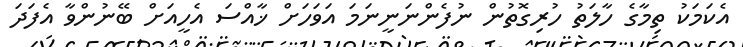
އެކަމަކު ތިމާގެ ހާލަތު ހުރިގޮތުން ނުފެންނަނީނަމަ އަވަހަށް ޚާއްސަ އެހީއަށް ބޭނުންވާ އެފަދަ